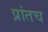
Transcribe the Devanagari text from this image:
प्रांतच